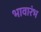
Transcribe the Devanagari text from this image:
भावारंभ